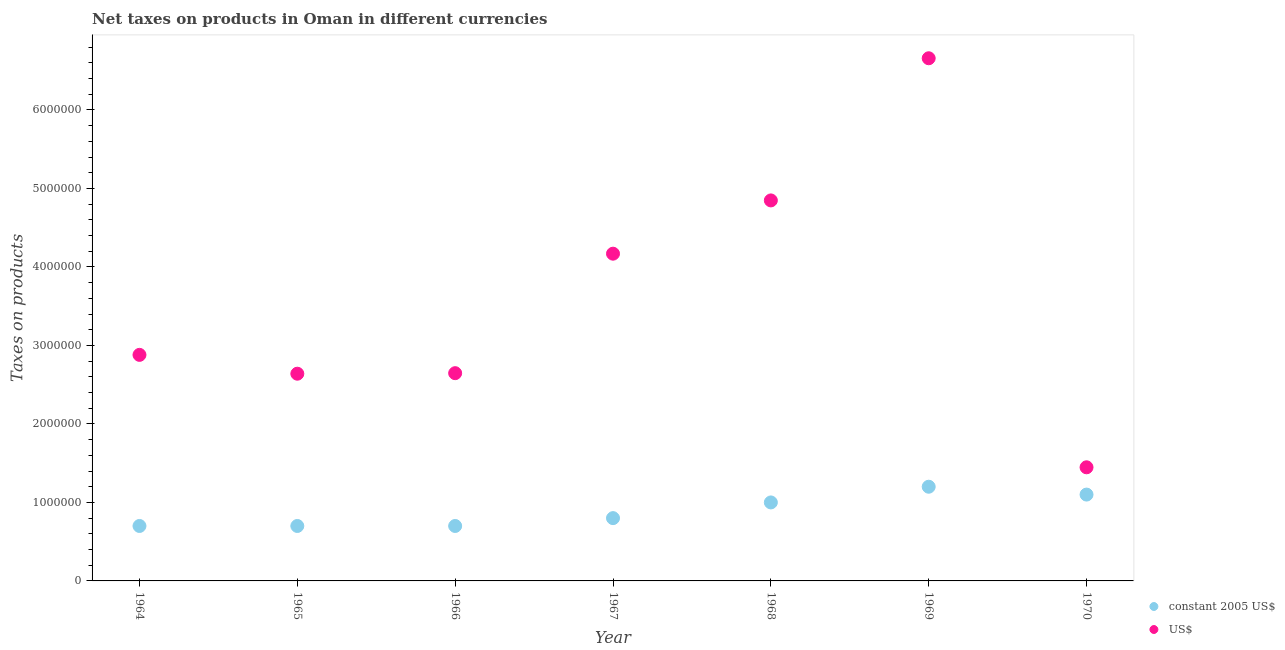
| Year | constant 2005 US$ | US$ |
 | --- | --- | --- |
 | 1964 | 7e+05 | 2.88e+06 |
 | 1965 | 7e+05 | 2.64e+06 |
 | 1966 | 7e+05 | 2.65e+06 |
 | 1967 | 8e+05 | 4.17e+06 |
 | 1968 | 1e+06 | 4.85e+06 |
 | 1969 | 1.2e+06 | 6.66e+06 |
 | 1970 | 1.1e+06 | 1.45e+06 |